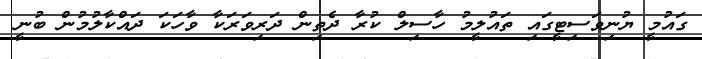
ގައުމީ ޔުނިވަސިޓީގައި ތައުލީމު ހާސިލް ކުރާ ދެތިން ދަރިވަރަކާ ވާހަކަ ދައްކާލުމުން ބުނީ